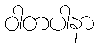
ဝါတပါနာ